画像に写った文字を読んでください
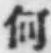
「何」と書いてあります